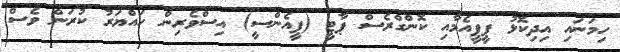
ހިމަނައި އިދިކޮޅު ޕީޕީއެމާއި ކޮންގްރެސް ޕާޓީ (ޕީއެންސީ) އިސްވެރިން ހައްޔަރު ކުރަން ވެސް